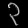
Digit: ၃